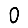
Digit: 0